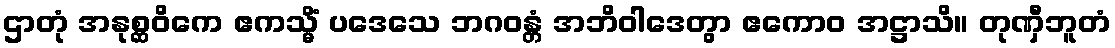
ဌာတုံ အနုစ္ဆဝိကေ ဧကသ္မိံ ပဒေသေ ဘဂဝန္တံ အဘိဝါဒေတွာ ဧကောဝ အဋ္ဌာသိ။ တုဏှီဘူတံ